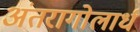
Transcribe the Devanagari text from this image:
अंतरागोलार्ध